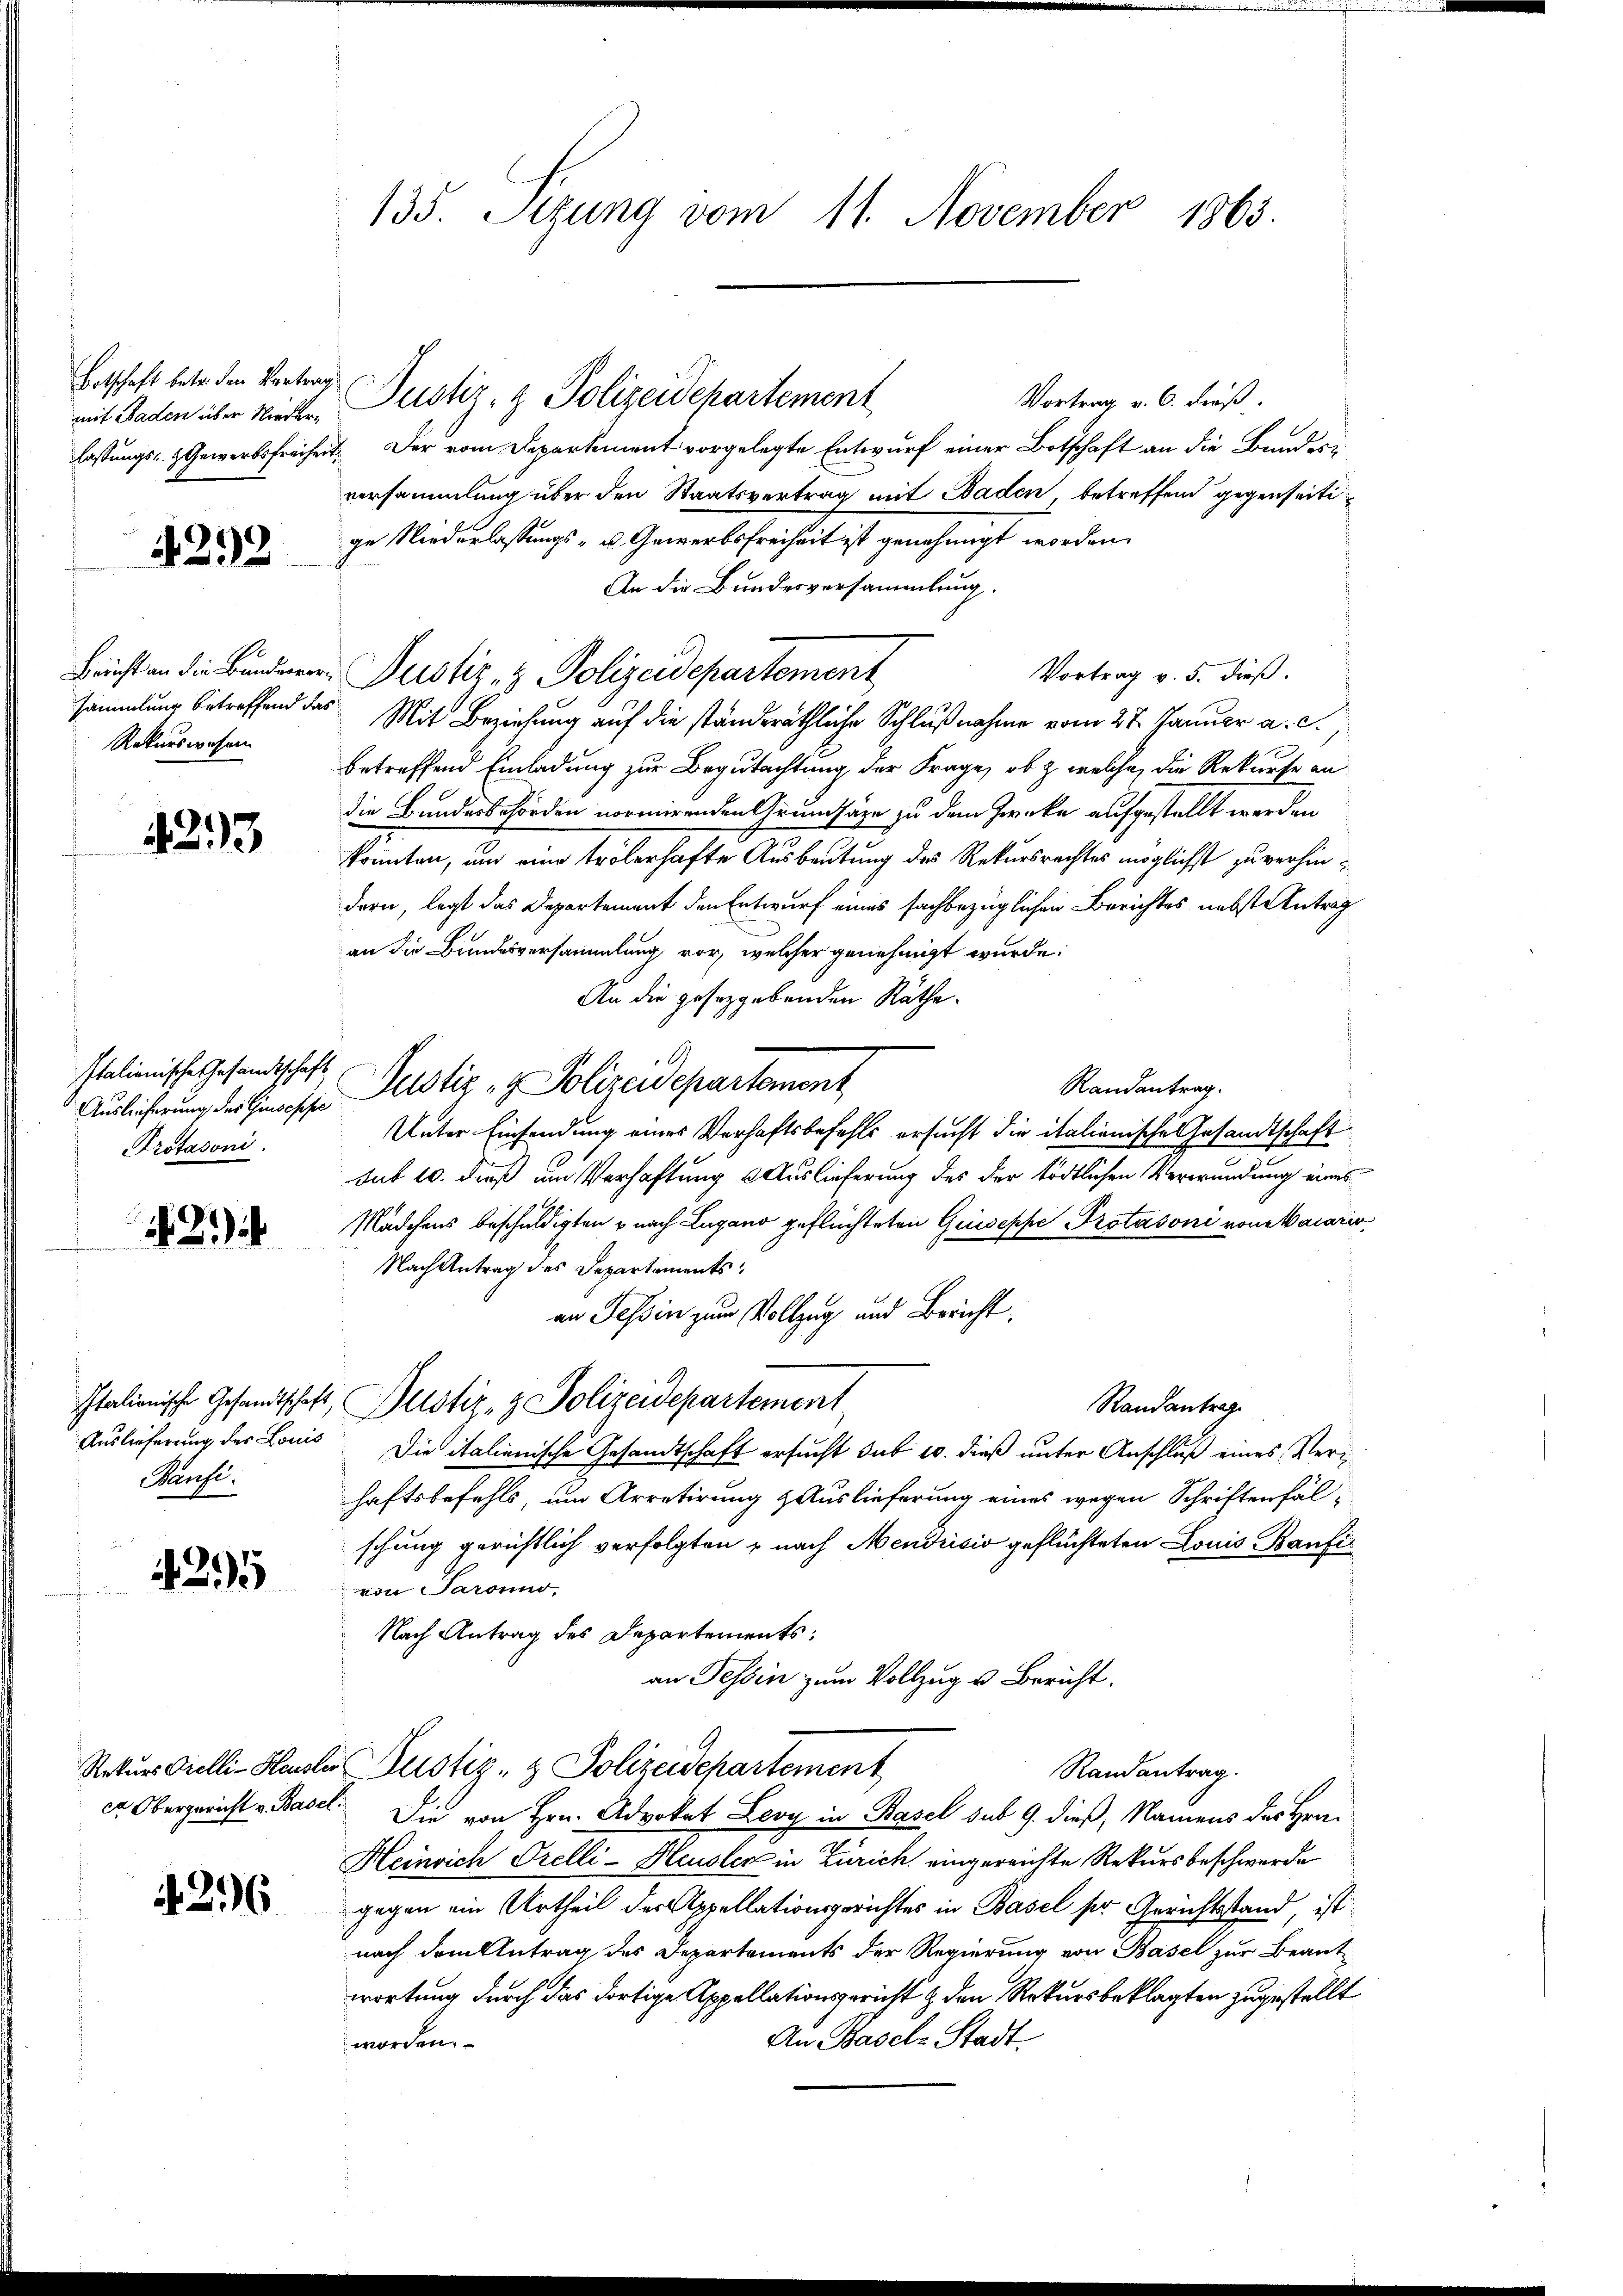
Botschaft betr. den Vortrag
mit Baden über Niedern
lassungs- & Gewerbsfreiheit

4292

Bricht an die Bundesversammlung betreffend das
Rekurswesen

4293

Italienische Gesandtschaft
Auslieferung des Giuseppe
Protasoni.

2)

Auslieferung der Louis
Banfi

42

ca Obergericht v. Basel

4296

135. Sizung vom 11. November 1863.

Vortrag v. 6. dieß.
1. Der vom Departement vorgelegte Entwurf einer Botschaft an die Bundesversammlung über den Staatsvertrag mit Baden, betreffend gegenseitige Niederlassungs- u Gewerbsfreiheit ist genehmigt worden
An die Bundesversammlung.
Vortrag v. 5. dieß.
Justiz- & Polizeidepartement
Mit Beziehung auf die ständeräthliche Schlußnahme vom 27. Januar a. c.,
betreffend Einladung zur Begutachtung der Frage, ob & welche, die Rekurse an
die Bundesbehörden normirenden Grundsätze zu dem Zwecke aufgestellt werden
könnten, um eine trölerhafte Ausbeutung des Rekursrechtes möglichst zu verhindern, legt das Departement den Entwurf eines sachbezüglichen Berichtes nebst Antrag
an die Bundesversammlung vor, welcher genehmigt wurde.
An die gesetzgebenden Räthe.
Justiz- & Polizeidepartement
Randantrag.
Unter Einsendung eines Verhaftsbefehls ersucht die italienische Gesandtschaft
sut 10. dieß um Verhaftung & Auslieferung des der tödtlichen Verwundung eines
Mädchens beschuldigten u nach Lugano geflüchteten Geiseppe Protasoni von Macario
Nach Antrag des Departementsan Tessin zum Vollzug und Bericht.
Italienische Gesandtschaft, Pustiz- & Polizeidepartement
Randantrag.
Die italienische Gesandtschaft ersucht sub 10. dieß unter Anschluß eines Verhaftsbefehls, um Arretirung Auslieferung eines wegen Schriftenfälschung gerichtlich verfolgten nach Mendricio geflüchteten Louis Baufivon Paround.
Nach Antrag des Departements:
an Tessin zum Vollzug u. Bericht.
Rekurs Grelli-Hausler Justiz- & Polizeidepartement
Randantrag.
Die von Hrn. Advokat Leoy in Basel sub 9. dieß, Namens des Hrn.
Heinrich Orelli-Heusler in Zürich eingereichte Rekursbeschwerde
gegen ein Urtheil der Appellationsgerichtes in Basel ser Gerichtsstand, ist
nach dem Antrag des Departements der Regierung von Basel zur Beantwortung durch das dortige Appellationsgericht & den Rekursbeklagten zugestellt
An Basel-Stadt.
wirden.

Justiz- & Polizeidepartement